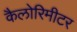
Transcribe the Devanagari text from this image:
कैलोरिमीटर